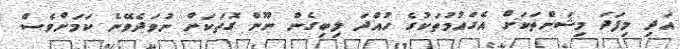
އަދި މިފަދަ މިޝަންތަކަށް އެގައުމުތަކުގެ ހުއްދަ ލިބިގެން ނޫން ގޮތަކަށް ނުވަދެވޭނެ ކަމަށްވެސް